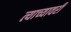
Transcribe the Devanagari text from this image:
त्याच्यावरी